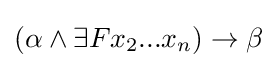
(\alpha \land \exists Fx_{2}...x_{n})\rightarrow \beta